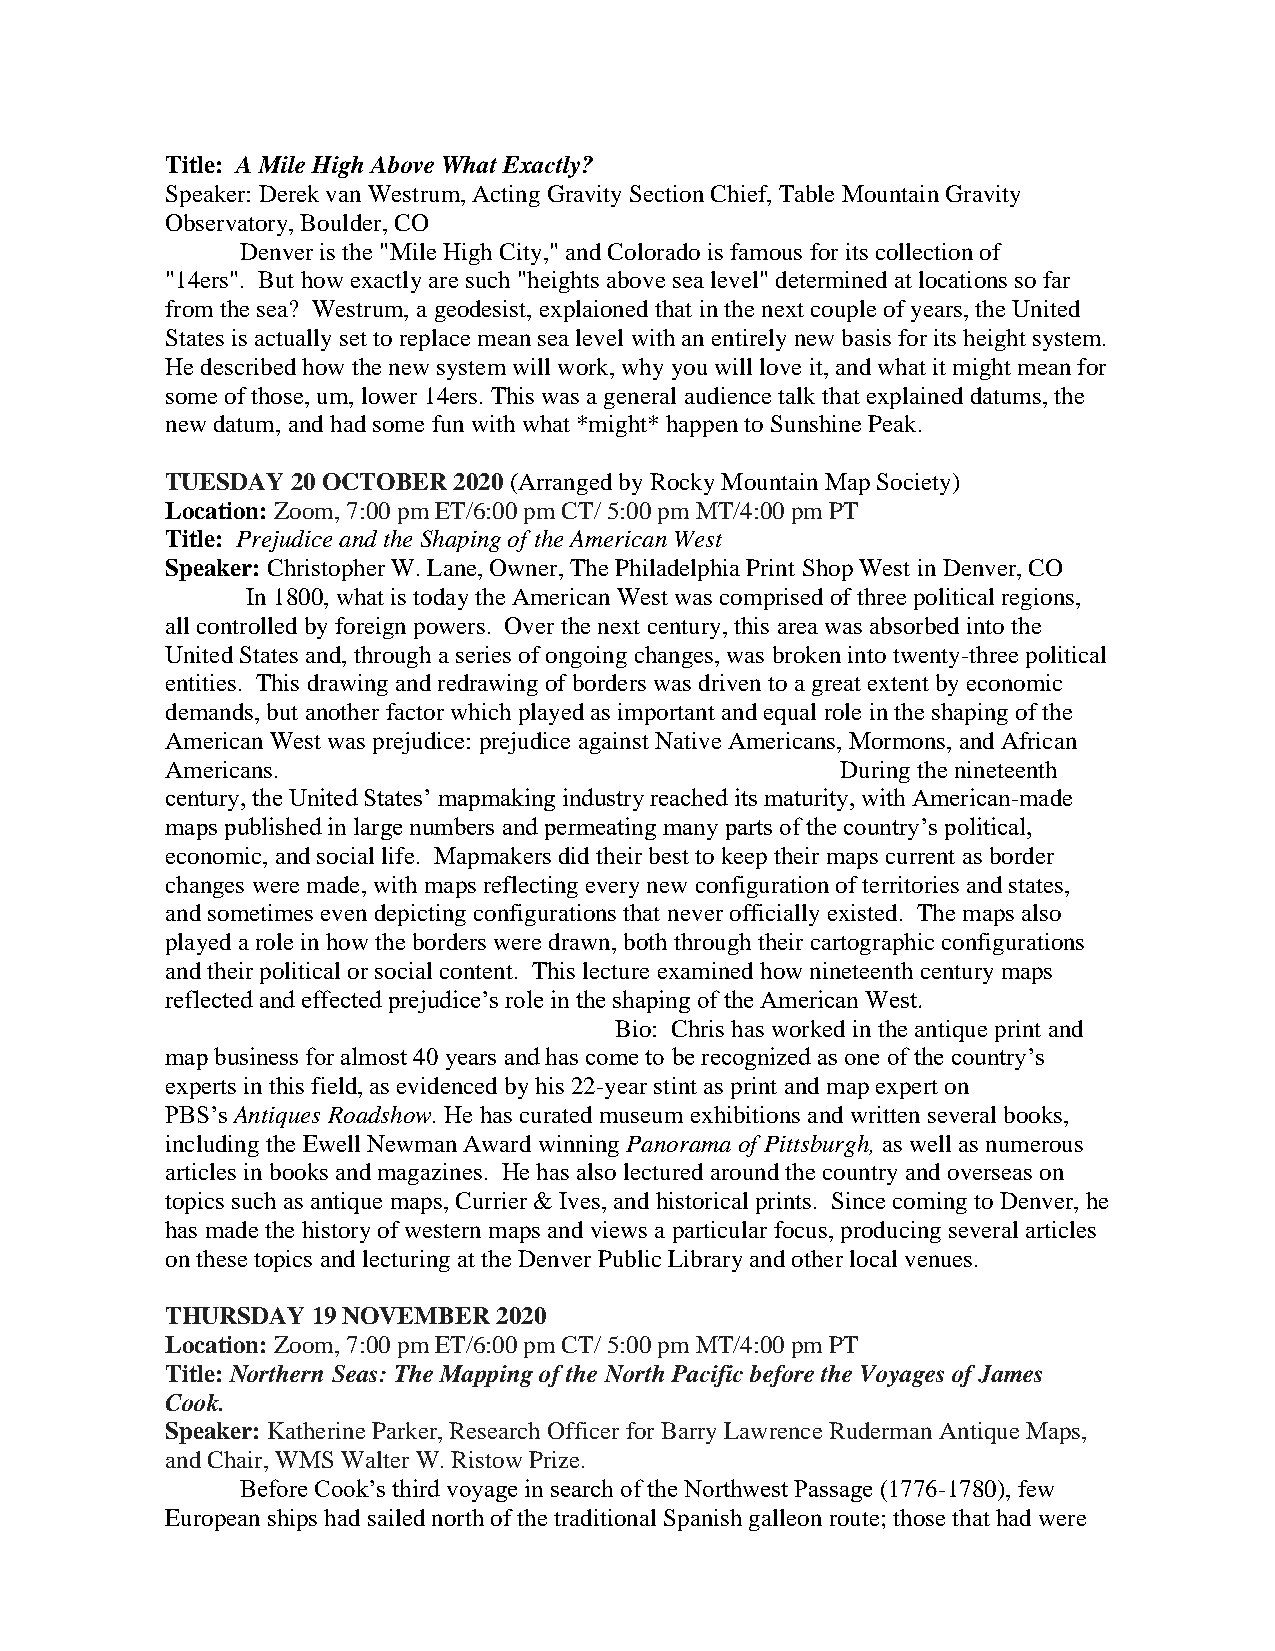
Title: A Mile High Above What Exactly?
 Speaker: Derek van Westrum, Acting Gravity Section Chief, Table Mountain Gravity
 Observatory, Boulder, CO
 Denver is the "Mile High City," and Colorado is famous for its collection of
 "14ers". But how exactly are such "heights above sea level" determined at locations so far
 from the sea? Westrum, a geodesist, explaioned that in the next couple of years, the United
 States is actually set to replace mean sea level with an entirely new basis for its height system.
 He described how the new system will work, why you will love it, and what it might mean for
 some of those, um, lower 14ers. This was a general audience talk that explained datums, the
 new datum, and had some fun with what *might* happen to Sunshine Peak.
 TUESDAY 20 OCTOBER 2020 (Arranged by Rocky Mountain Map Society)
 Location: Zoom, 7:00 pm ET/6:00 pm CT/ 5:00 pm MT/4:00 pm PT
 Title: Prejudice and the Shaping of the American West
 Speaker: Christopher W. Lane, Owner, The Philadelphia Print Shop West in Denver, CO
 In 1800, what is today the American West was comprised of three political regions,
 all controlled by foreign powers. Over the next century, this area was absorbed into the
 United States and, through a series of ongoing changes, was broken into twenty-three political
 entities. This drawing and redrawing of borders was driven to a great extent by economic
 demands, but another factor which played as important and equal role in the shaping of the
 American West was prejudice: prejudice against Native Americans, Mormons, and African
 Americans.                                   During the nineteenth
 century, the United States’ mapmaking industry reached its maturity, with American-made
 maps published in large numbers and permeating many parts of the country’s political,
 economic, and social life. Mapmakers did their best to keep their maps current as border
 changes were made, with maps reflecting every new configuration of territories and states,
 and sometimes even depicting configurations that never officially existed. The maps also
 played a role in how the borders were drawn, both through their cartographic configurations
 and their political or social content. This lecture examined how nineteenth century maps
 reflected and effected prejudice’s role in the shaping of the American West.
 Bio: Chris has worked in the antique print and
 map business for almost 40 years and has come to be recognized as one of the country’s
 experts in this field, as evidenced by his 22-year stint as print and map expert on
 PBS’s Antiques Roadshow. He has curated museum exhibitions and written several books,
 including the Ewell Newman Award winning Panorama of Pittsburgh, as well as numerous
 articles in books and magazines. He has also lectured around the country and overseas on
 topics such as antique maps, Currier & Ives, and historical prints. Since coming to Denver, he
 has made the history of western maps and views a particular focus, producing several articles
 on these topics and lecturing at the Denver Public Library and other local venues.
 THURSDAY  19 NOVEMBER 2020
 Location: Zoom, 7:00 pm ET/6:00 pm CT/ 5:00 pm MT/4:00 pm PT
 Title: Northern Seas: The Mapping of the North Pacific before the Voyages of James
 Cook.
 Speaker: Katherine Parker, Research Officer for Barry Lawrence Ruderman Antique Maps,
 and Chair, WMS Walter W. Ristow Prize.
 Before Cook’s third voyage in search of the Northwest Passage (1776-1780), few
 European ships had sailed north of the traditional Spanish galleon route; those that had were